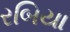
રબિયા